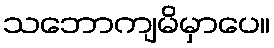
သဘောကျမိမှာပေ။